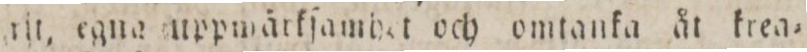
rit, egne uppwärkſamhet och omtanka åt krea=